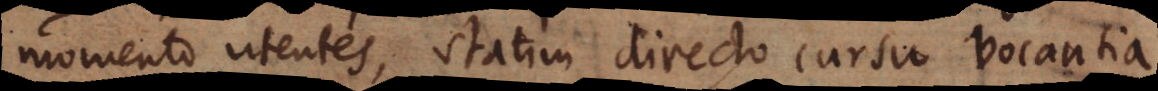
momento utentes, statim directo cursu vocantia